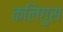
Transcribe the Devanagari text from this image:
कलिगुस